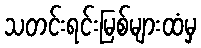
သတင်းရင်းမြစ်များထံမှ